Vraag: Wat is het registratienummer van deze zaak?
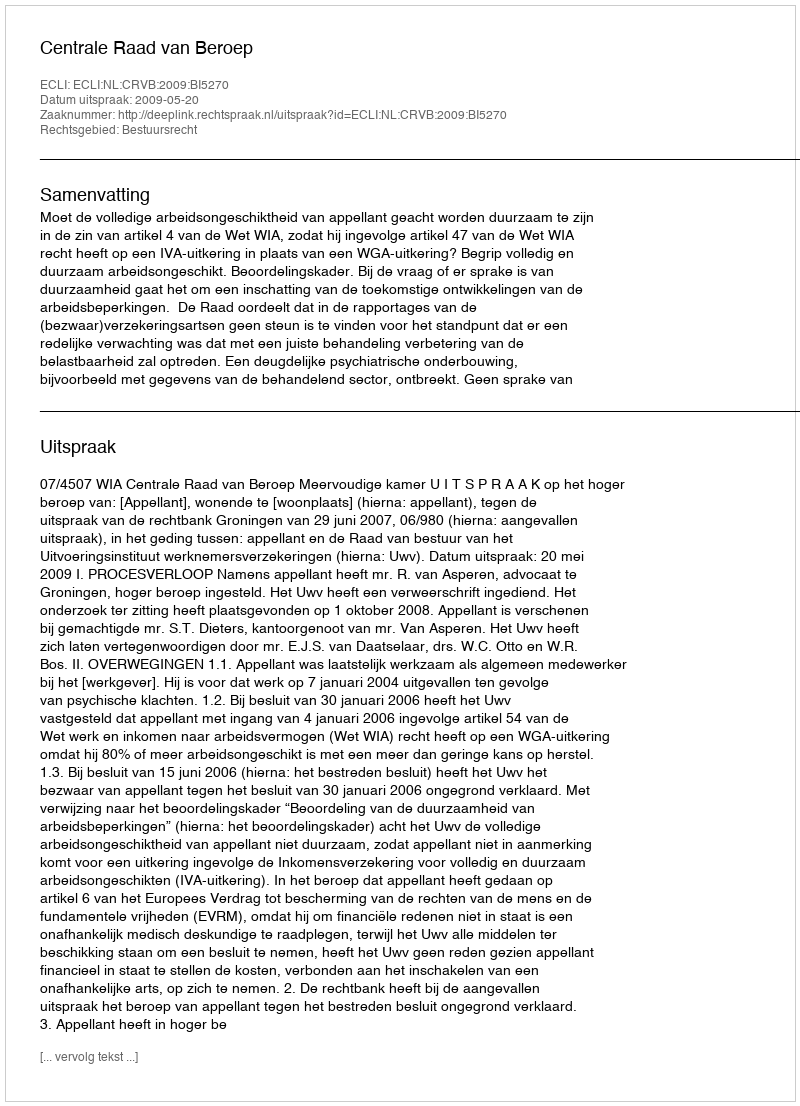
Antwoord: http://deeplink.rechtspraak.nl/uitspraak?id=ECLI:NL:CRVB:2009:BI5270